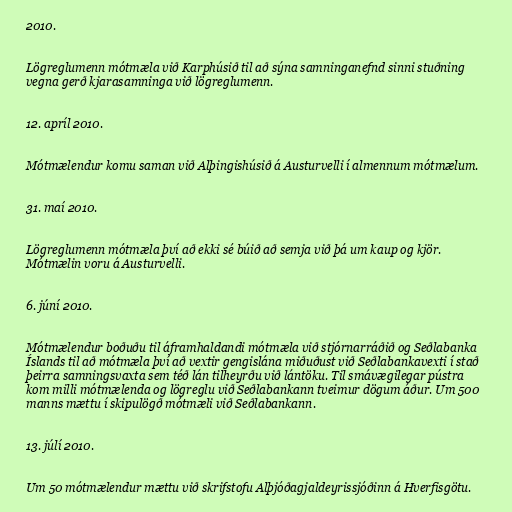
2010.

Lögreglumenn mótmæla við Karphúsið til að sýna samninganefnd sinni stuðning
vegna gerð kjarasamninga við lögreglumenn.

12. apríl 2010.

Mótmælendur komu saman við Alþingishúsið á Austurvelli í almennum mótmælum.

31. maí 2010.

Lögreglumenn mótmæla því að ekki sé búið að semja við þá um kaup og kjör.
Mótmælin voru á Austurvelli.

6. júní 2010.

Mótmælendur boðuðu til áframhaldandi mótmæla við stjórnarráðið og Seðlabanka
Íslands til að mótmæla því að vextir gengislána miðuðust við Seðlabankavexti í stað
þeirra samningsvaxta sem téð lán tilheyrðu við lántöku. Til smávægilegar pústra
kom milli mótmælenda og lögreglu við Seðlabankann tveimur dögum áður. Um 500
manns mættu í skipulögð mótmæli við Seðlabankann.

13. júlí 2010.

Um 50 mótmælendur mættu við skrifstofu Alþjóðagjaldeyrissjóðinn á Hverfisgötu.